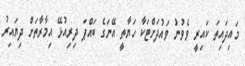
މައިދައިތަ ކައިރީ ވެވުނު ވައުދަށްޓަކާ ހަޔާތީ އޭނަގެ ބައްޕަ ދިރިއުޅޭ އިމާރާތަށް ދިޔައިރު